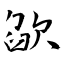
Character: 欿